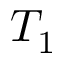
T _ { 1 }